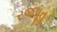
રજપૂતૢ